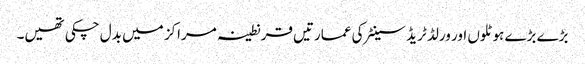
بڑے بڑے ہوٹلوں اور ورلڈ ٹریڈ سینٹر کی عمارتیں قرنطینہ مراکز میں بدل چکی تھیں۔